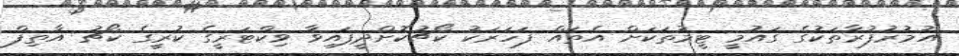
އުމުރުފުރާތަކުގެ ގައުމީ ޓީމުތަކަށް އެތައް ފަހަރަކު ކޯޗުކޮށްދީފައިވާ ވިކްޓަރީގެ ކުރީގެ ކޯޗު އާތިފް